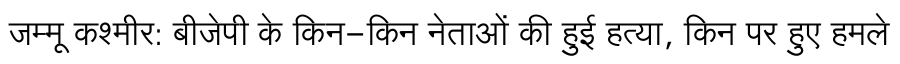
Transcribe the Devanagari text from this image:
जम्मू कश्मीर: बीजेपी के किन-किन नेताओं की हुई हत्या, किन पर हुए हमले